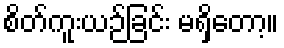
စိတ်ကူးယဉ်ခြင်း မရှိတော့။